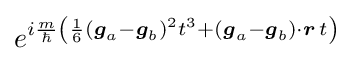
e^{i{\frac {m}{\hbar }}\left({\frac {1}{6}}({\boldsymbol {g}}_{a}-{\boldsymbol {g}}_{b})^{2}t^{3}+({\boldsymbol {g}}_{a}-{\boldsymbol {g}}_{b})\cdot {\boldsymbol {r}}\,t\right)}